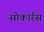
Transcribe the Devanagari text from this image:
सोकार्रस